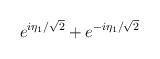
LaTeX: \begin{align*}e^{i\eta_1 /\sqrt{2} } + e^{-i\eta_1 /\sqrt{2}}\end{align*}